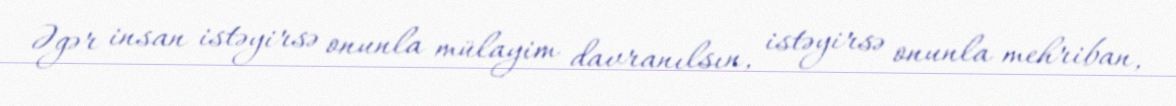
Əgər insan istəyirsə onunla mülayim davranılsın, istəyirsə onunla mehriban,